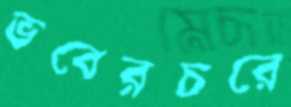
ভবেরচরে